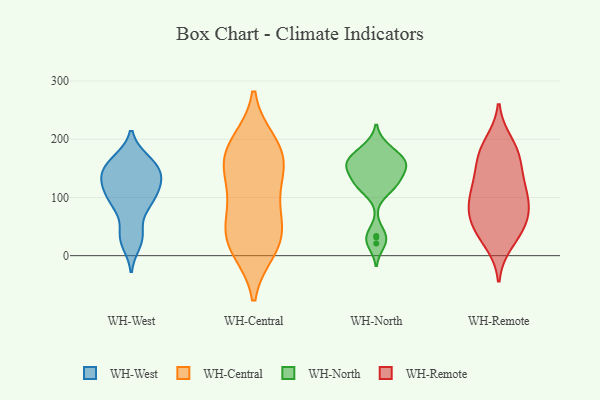
{"axis": {"x": "Website Visitors", "y": "Value"}, "legend": ["WH-Central", "WH-North", "WH-Remote", "WH-West"], "data": [{"x": "", "y": 39, "type": "WH-West"}, {"x": "", "y": 122, "type": "WH-West"}, {"x": "", "y": 165, "type": "WH-West"}, {"x": "", "y": 148, "type": "WH-West"}, {"x": "", "y": 32, "type": "WH-West"}, {"x": "", "y": 130, "type": "WH-West"}, {"x": "", "y": 95, "type": "WH-West"}, {"x": "", "y": 136, "type": "WH-West"}, {"x": "", "y": 163, "type": "WH-West"}, {"x": "", "y": 160, "type": "WH-West"}, {"x": "", "y": 122, "type": "WH-West"}, {"x": "", "y": 91, "type": "WH-West"}, {"x": "", "y": 98, "type": "WH-West"}, {"x": "", "y": 86, "type": "WH-West"}, {"x": "", "y": 21, "type": "WH-West"}, {"x": "", "y": 138, "type": "WH-West"}, {"x": "", "y": 21, "type": "WH-Central"}, {"x": "", "y": 179, "type": "WH-Central"}, {"x": "", "y": 154, "type": "WH-Central"}, {"x": "", "y": 85, "type": "WH-Central"}, {"x": "", "y": 153, "type": "WH-Central"}, {"x": "", "y": 30, "type": "WH-Central"}, {"x": "", "y": 182, "type": "WH-Central"}, {"x": "", "y": 125, "type": "WH-Central"}, {"x": "", "y": 33, "type": "WH-Central"}, {"x": "", "y": 193, "type": "WH-Central"}, {"x": "", "y": 71, "type": "WH-Central"}, {"x": "", "y": 12, "type": "WH-Central"}, {"x": "", "y": 184, "type": "WH-North"}, {"x": "", "y": 156, "type": "WH-North"}, {"x": "", "y": 162, "type": "WH-North"}, {"x": "", "y": 166, "type": "WH-North"}, {"x": "", "y": 21, "type": "WH-North"}, {"x": "", "y": 119, "type": "WH-North"}, {"x": "", "y": 132, "type": "WH-North"}, {"x": "", "y": 156, "type": "WH-North"}, {"x": "", "y": 149, "type": "WH-North"}, {"x": "", "y": 157, "type": "WH-North"}, {"x": "", "y": 127, "type": "WH-North"}, {"x": "", "y": 31, "type": "WH-North"}, {"x": "", "y": 161, "type": "WH-North"}, {"x": "", "y": 186, "type": "WH-North"}, {"x": "", "y": 118, "type": "WH-North"}, {"x": "", "y": 34, "type": "WH-North"}, {"x": "", "y": 117, "type": "WH-North"}, {"x": "", "y": 98, "type": "WH-Remote"}, {"x": "", "y": 180, "type": "WH-Remote"}, {"x": "", "y": 61, "type": "WH-Remote"}, {"x": "", "y": 49, "type": "WH-Remote"}, {"x": "", "y": 62, "type": "WH-Remote"}, {"x": "", "y": 194, "type": "WH-Remote"}, {"x": "", "y": 96, "type": "WH-Remote"}, {"x": "", "y": 177, "type": "WH-Remote"}, {"x": "", "y": 136, "type": "WH-Remote"}, {"x": "", "y": 22, "type": "WH-Remote"}, {"x": "", "y": 137, "type": "WH-Remote"}, {"x": "", "y": 165, "type": "WH-Remote"}, {"x": "", "y": 35, "type": "WH-Remote"}, {"x": "", "y": 108, "type": "WH-Remote"}, {"x": "", "y": 100, "type": "WH-Remote"}, {"x": "", "y": 69, "type": "WH-Remote"}]}